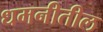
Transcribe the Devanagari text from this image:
धमनीतील